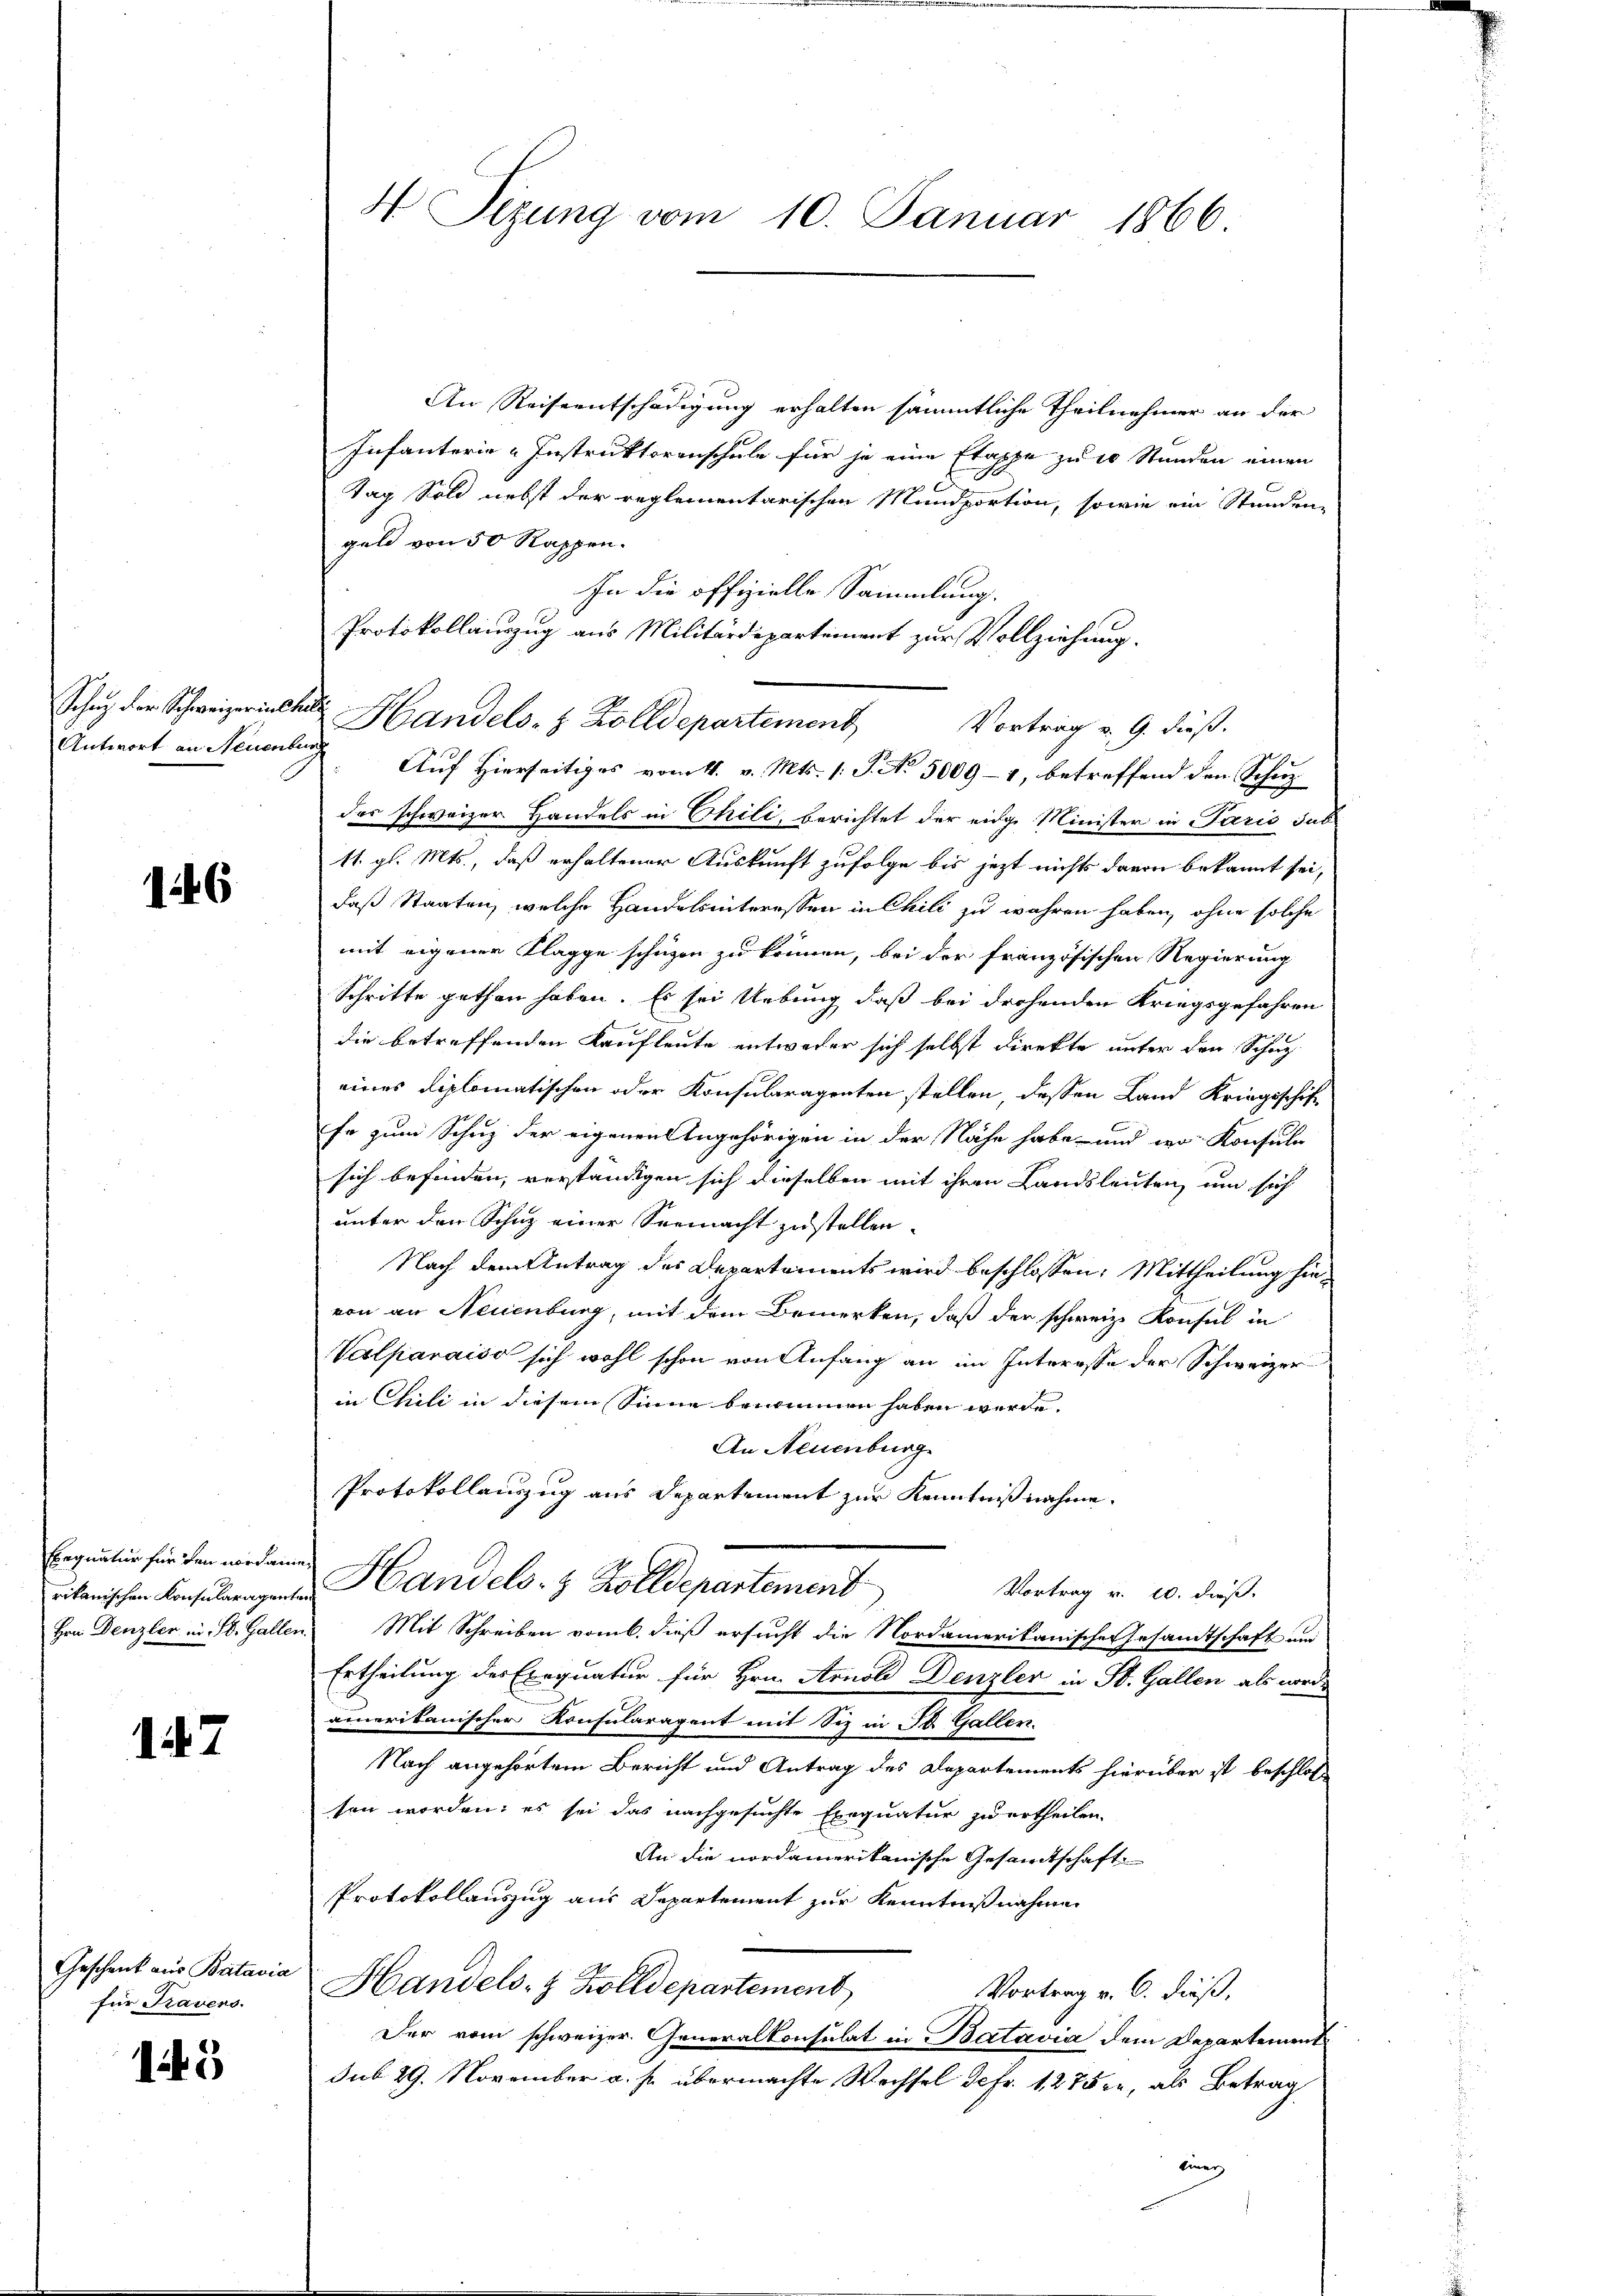
Schatz der Schweizerinter
Antwort an Neuenbe

1446

Ebegnatur für den nordame
rikanischen Konsularagent
Hrn. Denzler in St. Galler

1167

Geschenk aus Batavia
für Travens.

15

An Reiseentschädigung erhalten sämmtliche Theilnehmer an der
Infanterie-Instruktoranschule für je eine Etappe zu 10 Stunden einen
Tag Sold nebst der reglementarischen Mandportion, sowie ein Stunden-
geld von 50 Rappen.
In die offizielle Sammlung.
Protokollauszug aus Militärdepartement zur Vollziehung.
d Handels- & Zolldepartement Vortrag u. 9. dieß.
ich
Auf Hierseitiges vom 4. v. Mts. 1. J. No 5009-1, betreffend den Schutz
des schweizer Handels in Chili, berichtet der eidge Minister in Paris sus
11. gl. Mts., daß erhaltener Auskunft zufolge bis jezt nichts davon bekannt sei,
daß Staaten, welche Handelsinteressen in Chili zu wahren haben, ohne solche
mit eigener Klagge schüzen zu können, bei der französischen Regierung
Schritte gethan haben. Es sei Uebung daß bei drohenden Kriegsgefahren
die betreffenden Kaufleute entweder sich selbst direkte unter den Schuzeines diplomatischen oder Konsularagenten stellen, dessen Land Kriegsschiffe zum Schuz der eigenen Angehörigen in der Nähe habe und wo Konsula
sich befinden, verständigen sich dieselben mit ihren Landsleuten, um sich
unter den Schuz einer Seemacht zu stellen.
Nach dem Antrag des Departements wird beschlossen: Mittheilung hinvon an Neuenburg, mit dem Bemerken, daß der schweiz. Konsul in
Valparaiso sich wohl schon von Anfang an im Interesse der Schweizer
in Chili in diesem Sinne benommen haben werde.
An Neuenburg
Protokollauszug aus Departement zur Kenntnißnahme.
Handels- & Zolldepartement
Vortrag v. 10. dieß.
 Mit Schreiben vom 6. dieß ersucht die Nordamerikanische Gesandtschaft und
Ertheilung des Exequatur für Hrn. Arnold Denzler in St. Gallen als worde
amnerikanischer Konsularagent mit Siz in St. Gallen.
Nach angehörtem Bericht und Antrag des Departements hierüber ist beschloß
sen worden; es sei das nachgesuchte Exequatur zu ertheilen.
An die nordamerikanische Gesamtschaft
Protokollauszug aus Departement zur Kenntnißnahme
Handels- & Zolldepartement
Vortrag v. 6. dieß,
Der vom schweizer. Generalkonsulat in Batavia dem Departement
sub 29. November a. p. übermachte Wechsel de fr. 1275 er, als Betrag
ning

H Sezung vom 10. Januar 1866